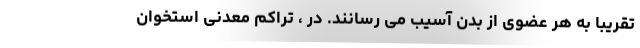
تقریبا به هر عضوی از بدن آسیب می رسانند. در ، تراکم معدنی استخوان